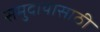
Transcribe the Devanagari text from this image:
समुदायासाठी